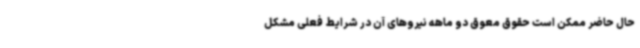
حال حاضر ممکن است حقوق معوق دو ماهه نیروهای آن در شرایط فعلی مشکل